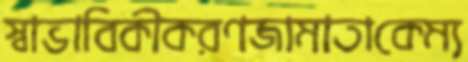
স্বাভাবিকীকরণজামাতাকেম্য